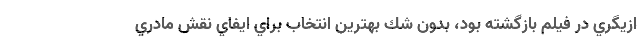
ازيگري در فيلم بازگشته بود، بدون شك بهترين انتخاب براي ايفاي نقش مادري